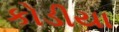
કોડીયા